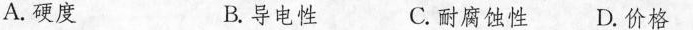
A.硬度 B.导电性 C.耐腐蚀性D.价格